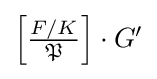
{\textstyle \left[{\frac {F/K}{\mathfrak {P}}}\right]\cdot G'}